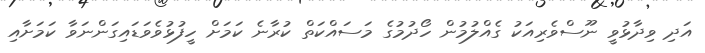
އަދި ވިދާޅުވީ ނޫސްވެރިއަކު ގެއްލުމުން ހޯދުމުގެ މަސައްކަތް ކުރާނެ ކަމަށް ހީފުޅުވެވަޑައިގަންނަވާ ކަމަށާއި